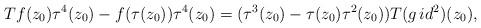
LaTeX: \begin{align*}Tf(z_0)\tau^4(z_0) - f(\tau(z_0)) \tau^4(z_0) = (\tau^3(z_0) - \tau(z_0)\tau^2(z_0))T(g \, id^2)(z_0),\end{align*}